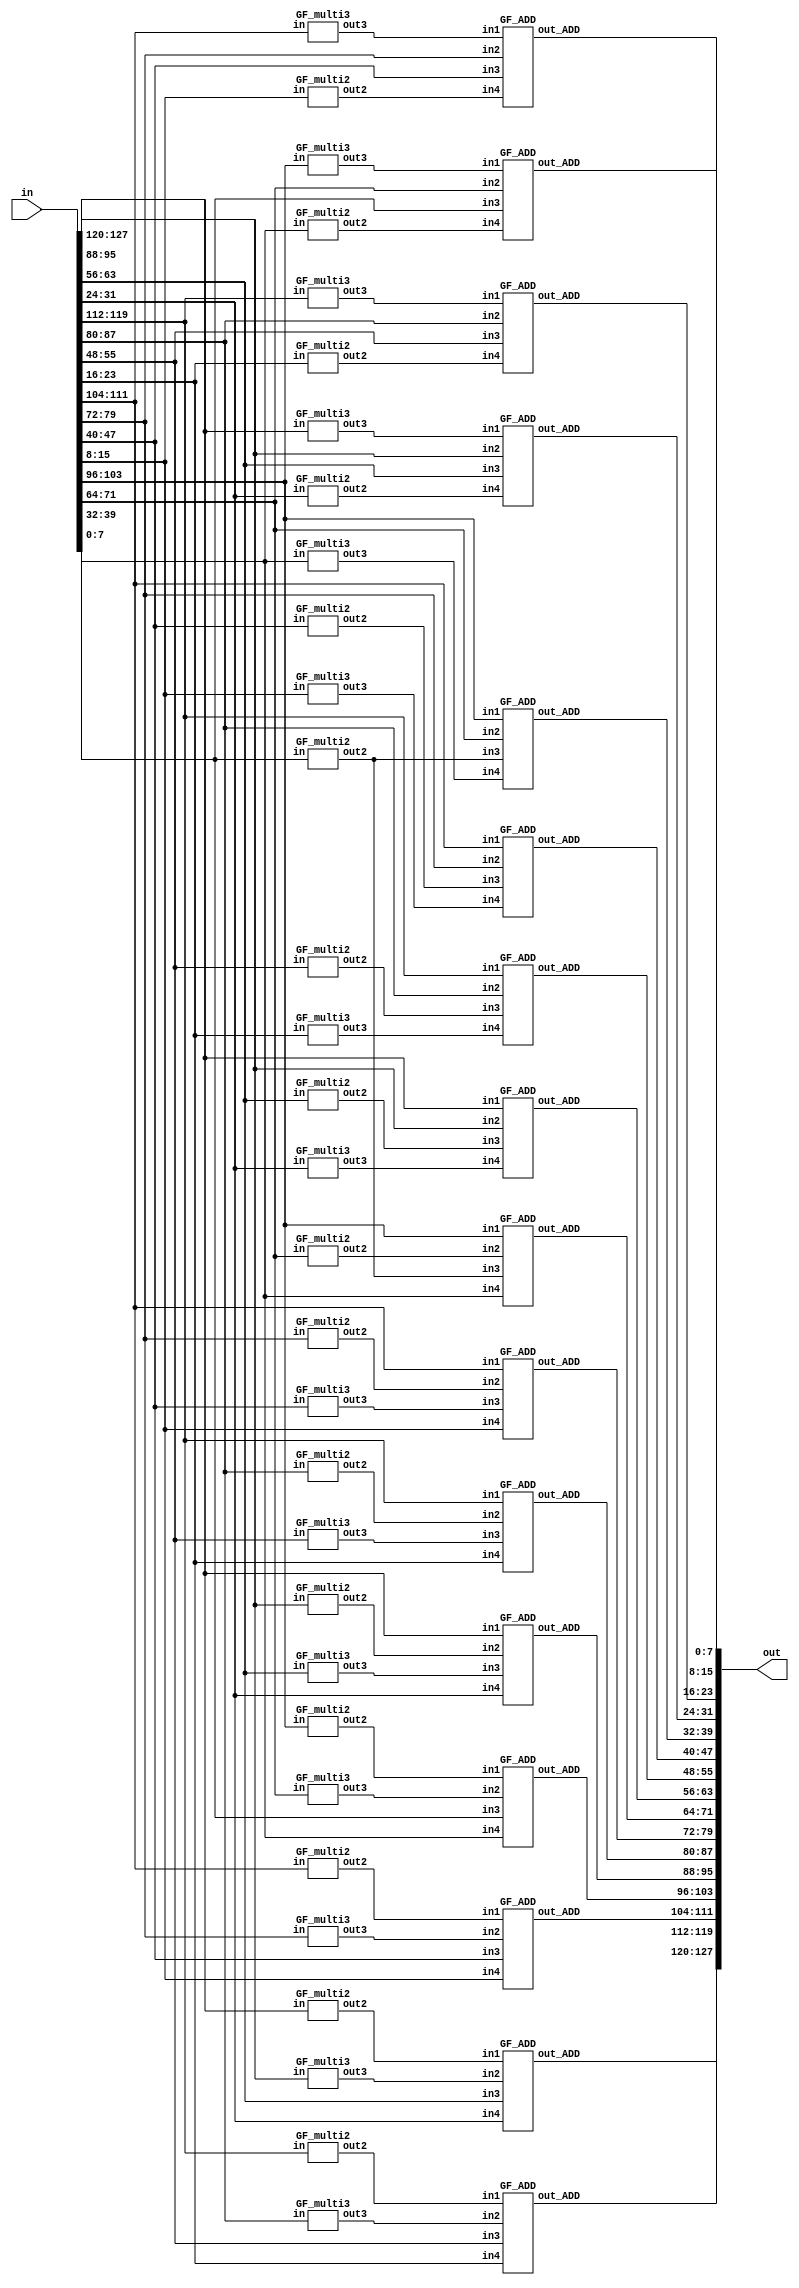
module mixcolumn_optimize(in, out);
input [127:0] in;
output [127:0] out;

wire [127:0] in_matrix, out_matrix; //transpose matrix
wire [127:0] multi2, multi3; //x2 & x3

//transpose matrix 
assign in_matrix[127:96] = {in[127:120], in[95:88], in[63:56], in[31:24]};
assign in_matrix[95:64] = {in[119:112], in[87:80], in[55:48], in[23:16]};
assign in_matrix[63:32] = {in[111:104], in[79:72], in[47:40], in[15:8]};
assign in_matrix[31:0] = {in[103:96], in[71:64], in[39:32], in[7:0]};


//  (1 ) 
GF_multi2 A11(in_matrix[127:120], multi2[127:120]);
GF_multi2 A12(in_matrix[119:112], multi2[119:112]);
GF_multi2 A13(in_matrix[111:104], multi2[111:104]);
GF_multi2 A14(in_matrix[103:96], multi2[103:96]);

GF_multi3 B11(in_matrix[127:120], multi3[127:120]);
GF_multi3 B12(in_matrix[119:112], multi3[119:112]);
GF_multi3 B13(in_matrix[111:104], multi3[111:104]);
GF_multi3 B14(in_matrix[103:96], multi3[103:96]);

GF_ADD ADD11(multi2[127:120], multi3[119:112], in_matrix[111:104], in_matrix[103:96], out_matrix[127:120]); 
GF_ADD ADD12(in_matrix[127:120], multi2[119:112], multi3[111:104], in_matrix[103:96], out_matrix[119:112]); 
GF_ADD ADD13(in_matrix[127:120], in_matrix[119:112], multi2[111:104], multi3[103:96], out_matrix[111:104]); 
GF_ADD ADD14(multi3[127:120], in_matrix[119:112], in_matrix[111:104], multi2[103:96], out_matrix[103:96]); 

// 2  
GF_multi2 A21(in_matrix[95:88], multi2[95:88]);
GF_multi2 A22(in_matrix[87:80], multi2[87:80]);
GF_multi2 A23(in_matrix[79:72], multi2[79:72]);
GF_multi2 A24(in_matrix[71:64], multi2[71:64]);

GF_multi3 B21(in_matrix[95:88], multi3[95:88]);
GF_multi3 B22(in_matrix[87:80], multi3[87:80]);
GF_multi3 B23(in_matrix[79:72], multi3[79:72]);
GF_multi3 B24(in_matrix[71:64], multi3[71:64]);

GF_ADD ADD21(multi2[95:88], multi3[87:80], in_matrix[79:72], in_matrix[71:64], out_matrix[95:88]);
GF_ADD ADD22(in_matrix[95:88], multi2[87:80], multi3[79:72], in_matrix[71:64], out_matrix[87:80]);
GF_ADD ADD23(in_matrix[95:88], in_matrix[87:80], multi2[79:72], multi3[71:64], out_matrix[79:72]);
GF_ADD ADD24(multi3[95:88], in_matrix[87:80], in_matrix[79:72], multi2[71:64], out_matrix[71:64]);

// 3  
GF_multi2 A31(in_matrix[63:56], multi2[63:56]);
GF_multi2 A32(in_matrix[55:48], multi2[55:48]);
GF_multi2 A33(in_matrix[47:40], multi2[47:40]);
GF_multi2 A34(in_matrix[39:32], multi2[39:32]);

GF_multi3 B31(in_matrix[63:56], multi3[63:56]);
GF_multi3 B32(in_matrix[55:48], multi3[55:48]);
GF_multi3 B33(in_matrix[47:40], multi3[47:40]);
GF_multi3 B34(in_matrix[39:32], multi3[39:32]);

GF_ADD ADD31(multi2[63:56], multi3[55:48], in_matrix[47:40], in_matrix[39:32], out_matrix[63:56]);
GF_ADD ADD32(in_matrix[63:56], multi2[55:48], multi3[47:40], in_matrix[39:32], out_matrix[55:48]);
GF_ADD ADD33(in_matrix[63:56], in_matrix[55:48], multi2[47:40], multi3[39:32], out_matrix[47:40]);
GF_ADD ADD34(multi3[63:56], in_matrix[55:48], in_matrix[47:40], multi2[39:32], out_matrix[39:32]);

// 4  
GF_multi2 A41(in_matrix[31:24], multi2[31:24]);
GF_multi2 A42(in_matrix[23:16], multi2[23:16]);
GF_multi2 A43(in_matrix[15:8], multi2[15:8]);
GF_multi2 A44(in_matrix[7:0], multi2[7:0]);

GF_multi3 B41(in_matrix[31:24], multi3[31:24]);
GF_multi3 B42(in_matrix[23:16], multi3[23:16]);
GF_multi3 B43(in_matrix[15:8], multi3[15:8]);
GF_multi3 B44(in_matrix[7:0], multi3[7:0]);

GF_ADD ADD41(multi2[31:24], multi3[23:16], in_matrix[15:8], in_matrix[7:0], out_matrix[31:24]);
GF_ADD ADD42(in_matrix[31:24], multi2[23:16], multi2[15:8], in_matrix[7:0], out_matrix[23:16]);
GF_ADD ADD43(in_matrix[31:24], in_matrix[23:16], multi2[15:8], multi3[7:0], out_matrix[15:8]);
GF_ADD ADD44(multi3[31:24], in_matrix[23:16], in_matrix[15:8], multi2[7:0], out_matrix[7:0]);

// matrix 
assign out[127:96] = {out_matrix[127:120], out_matrix[95:88], out_matrix[63:56], out_matrix[31:24]};
assign out[95:64] = {out_matrix[119:112], out_matrix[87:80], out_matrix[55:48], out_matrix[23:16]};
assign out[63:32] = {out_matrix[111:104], out_matrix[79:72], out_matrix[47:40], out_matrix[15:8]};
assign out[31:0] = {out_matrix[103:96], out_matrix[71:64], out_matrix[39:32], out_matrix[7:0]};
endmodule


module GF_ADD(in1, in2, in3, in4, out_ADD);
input [7:0] in1, in2, in3, in4;
output [7:0] out_ADD;

assign out_ADD = in1 ^ in2 ^ in3 ^ in4;
endmodule

module GF_multi2 (in, out2);
input [7:0]in;
output [7:0]out2;
wire [7:0] temp1, temp2;
parameter [7:0] overflow = 8'b0001_1011;
assign temp1 = in<<1;
assign temp2 = (in<<1) ^ overflow;

MUX MUX_2in(temp1, temp2, in[7], out2);

endmodule

module GF_multi3 (in, out3);
input [7:0]in;
output [7:0]out3;

wire [7:0]temp;

GF_multi2 multi2 (in, temp);
assign out3 = temp^in; //multi2 + self
endmodule

module MUX (in1, in2, sel, out);
input [7:0] in1, in2;
input sel;
output reg [7:0]out;

always @ (in1, in2, sel) begin
    case(sel)
        1'b0 : out = in1;
        1'b1 : out = in2;
    endcase
end
endmodule